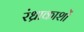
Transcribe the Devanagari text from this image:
रंध्राकाशों